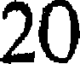
20